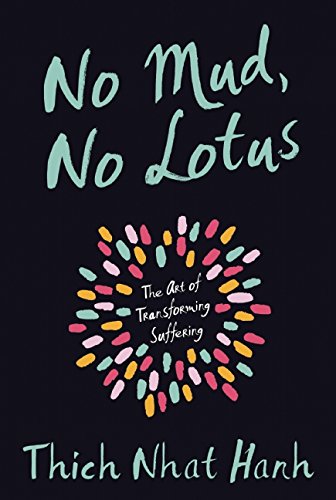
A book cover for No Mud, No Lotus: The Art of Transforming Suffering; Thich Nhat Hanh; Health, Fitness & Dieting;